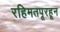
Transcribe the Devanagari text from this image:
रहिमतपूरहून